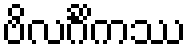
ဗိလင်္ဂိကဿ